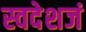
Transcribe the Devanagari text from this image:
स्वदेशजं